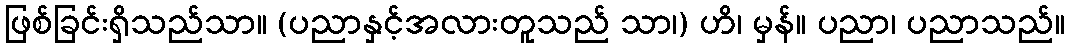
ဖြစ်ခြင်းရှိသည်သာ။ (ပညာနှင့်အလားတူသည် သာ၊) ဟိ၊ မှန်။ ပညာ၊ ပညာသည်။